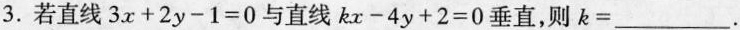
3.若直线$$3 x + 2 y - 1 = 0$$与直线$$k x - 4 y + 2 = 0$$垂直，则$$k = ___ .$$